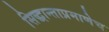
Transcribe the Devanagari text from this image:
सिद्धान्ताप्रमाणेच